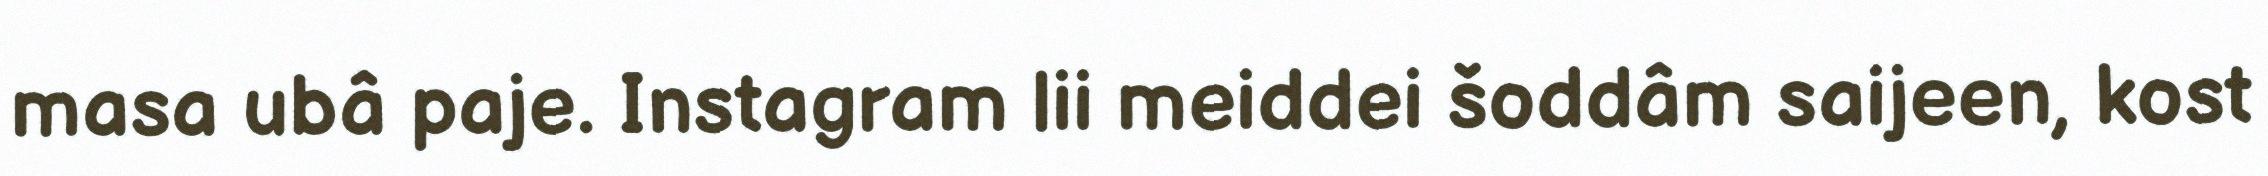
masa ubâ paje. Instagram lii meiddei šoddâm saijeen, kost